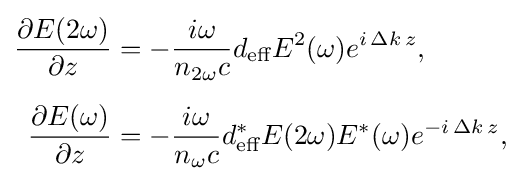
{\begin{aligned}{\frac {\partial E(2\omega )}{\partial z}}&=-{\frac {i\omega }{n_{2\omega }c}}d_{\text{eff}}E^{2}(\omega )e^{i\,\Delta k\,z},\\[5pt]{\frac {\partial E(\omega )}{\partial z}}&=-{\frac {i\omega }{n_{\omega }c}}d_{\text{eff}}^{*}E(2\omega )E^{*}(\omega )e^{-i\,\Delta k\,z},\end{aligned}}